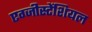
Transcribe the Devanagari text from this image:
एग्जीस्टेंशियल